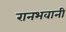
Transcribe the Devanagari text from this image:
रानभवानी